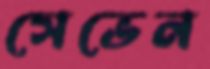
সেভেন